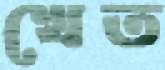
খেত